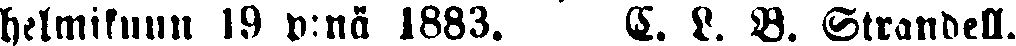
helmikuun l9 p:nä 1883. E. L. B. Strandell.